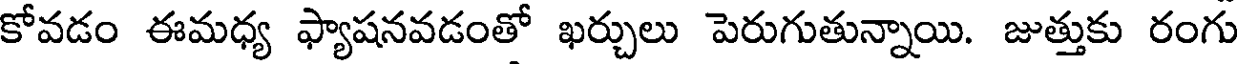
కోవడం ఈమధ్య ఫ్యాషనవడంతో ఖర్చులు పెరుగుతున్నాయి. జుత్తుకు రంగు